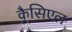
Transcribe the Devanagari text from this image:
कैसिएल